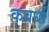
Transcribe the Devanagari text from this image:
कबर्धा